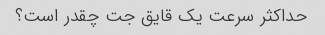
حداکثر سرعت یک قایق جت چقدر است؟